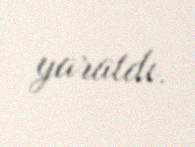
yaratdı.